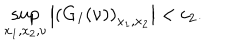
\sup _ { x _ { 1 } , x _ { 2 } , \nu } \left| \left( G _ { I } ( \nu ) \right) _ { x _ { 1 } , x _ { 2 } } \right| < c _ { 2 } .